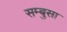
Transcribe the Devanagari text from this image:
सम्बुसा